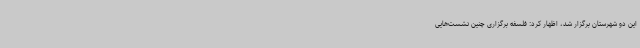
این دو شهرستان برگزار شد، اظهار کرد: فلسفه برگزاری چنین نشست‌هایی